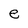
Character: e